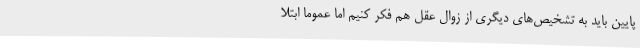
پایین باید به تشخیص‌های دیگری از زوال عقل هم فکر کنیم اما عموماً ابتلا